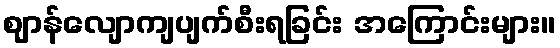
ဈာန်လျောကျပျက်စီးရခြင်း အကြောင်းများ။